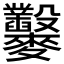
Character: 𪎇